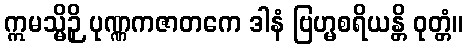
ဣမသ္မိဉှိ ပုဏ္ဏကဇာတကေ ဒါနံ ဗြဟ္မစရိယန္တိ ဝုတ္တံ။